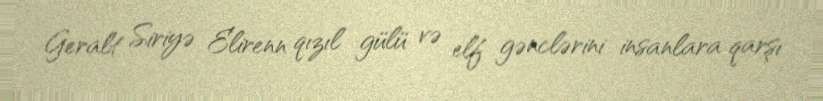
Geralt Siriyə Elirenn qızıl gülü və elf gənclərini insanlara qarşı